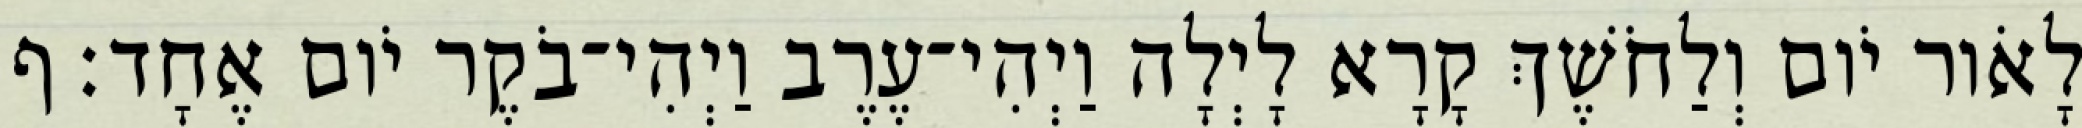
לָאֹור יֹום וְלַחֹשֶׁךְ קָרָא לָיְלָה וַיְהִי־עֶרֶב וַיְהִי־בֹקֶר יֹום אֶחָד׃ ף